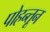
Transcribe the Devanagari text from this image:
पोहन्तून